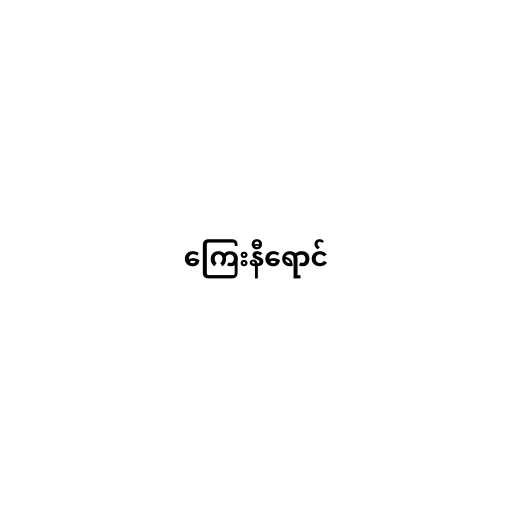
ကြေးနီရောင်